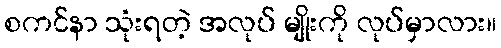
စကင်နာ သုံးရတဲ့ အလုပ် မျိုးကို လုပ်မှာလား။